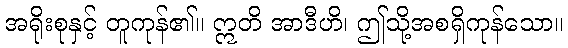
အရိုးစုနှင့် တူကုန်၏။ ဣတိ အာဒီဟိ၊ ဤသို့အစရှိကုန်သော။